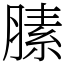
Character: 膆